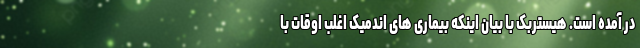
در آمده است. هیستربک با بیان اینکه بیماری های اندمیک اغلب اوقات با